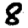
Digit: 8